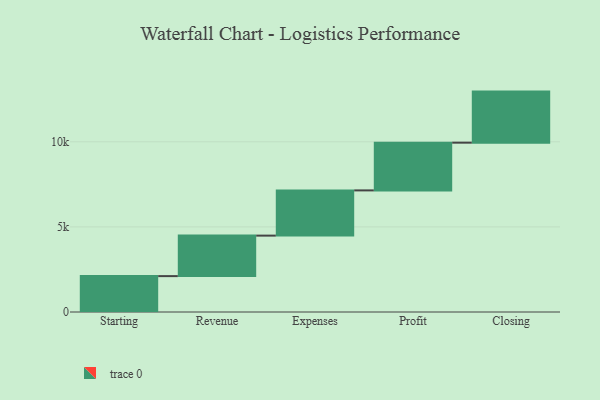
{"axis": {"x": "Step", "y": "Value"}, "legend": [""], "data": [{"x": "Starting", "y": 2108.0, "type": ""}, {"x": "Revenue", "y": 2380.0, "type": ""}, {"x": "Expenses", "y": 2657.0, "type": ""}, {"x": "Profit", "y": 2805.0, "type": ""}, {"x": "Closing", "y": 3000, "type": ""}]}